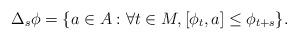
LaTeX: \begin{align*}\Delta_s\phi & = \{ a\in A : \forall t\in M, [\phi_t,a]\leq \phi_{t+s}\}.\end{align*}